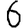
Digit: 6